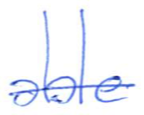
Text: able
Cross-out: single-line
Writing tool: ballpoint